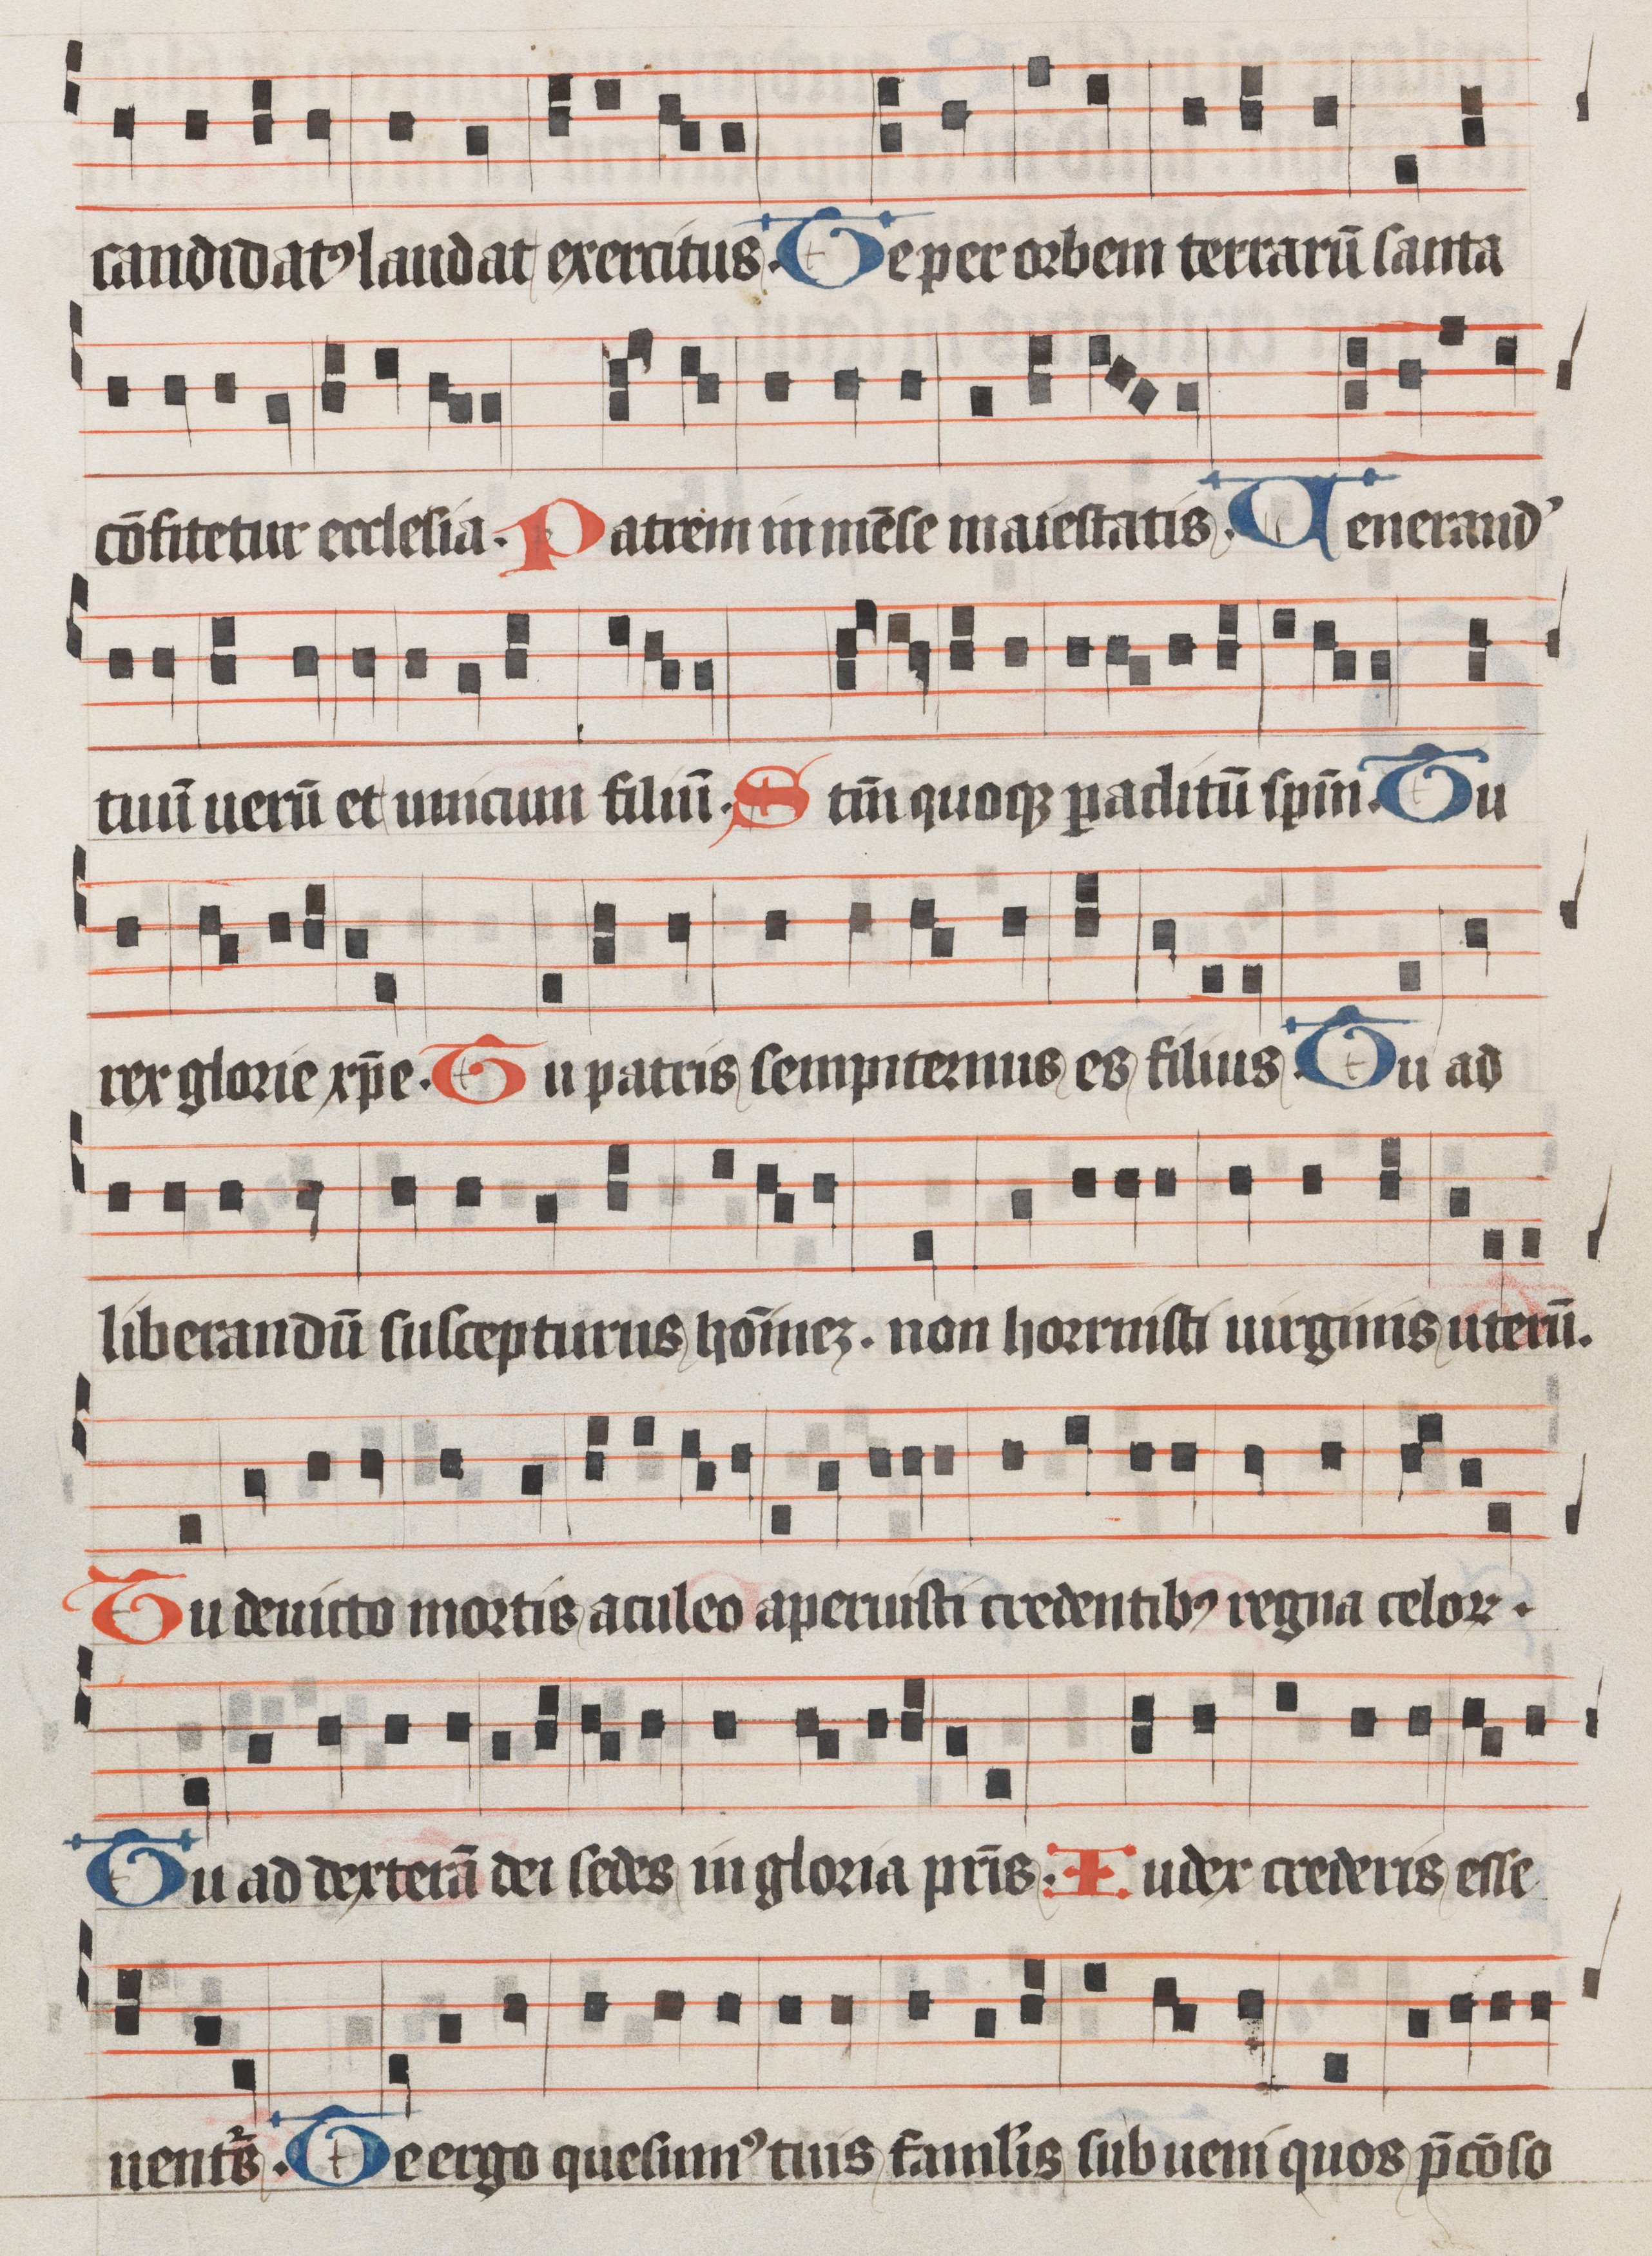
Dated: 1485–1515